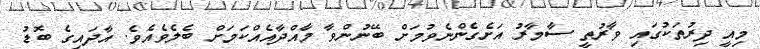
މިއީ ދިރުތަކުގައި ވާރުތީ ސާމާރު އަށެގެންނެވުމަށް ބޭނުންވާ މާއްދާއެއްކަމަށް ބެލެވެއެވެ. އާދައިގެ ބޮޑު